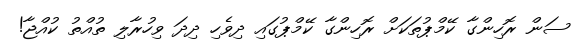
ސަން ރޮހިންގާ ކޭމްޕުތަކަށް ރޮހިންގާ ކޭމްޕުގައި ދިވެހި ދިދަ ވިހުރާލި ތުއްތު ކުއްޖާ!